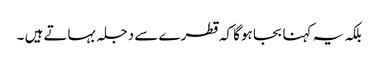
بلکہ یہ کہنا بجا ہوگا کہ قطرے سے دجلہ بہاتے ہیں ۔